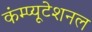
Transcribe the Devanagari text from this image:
कंम्‍प्‍यूटेशनल